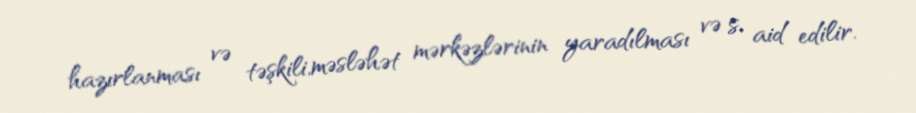
hazırlanması və təşkili,məsləhət mərkəzlərinin yaradılması və s. aid edilir.